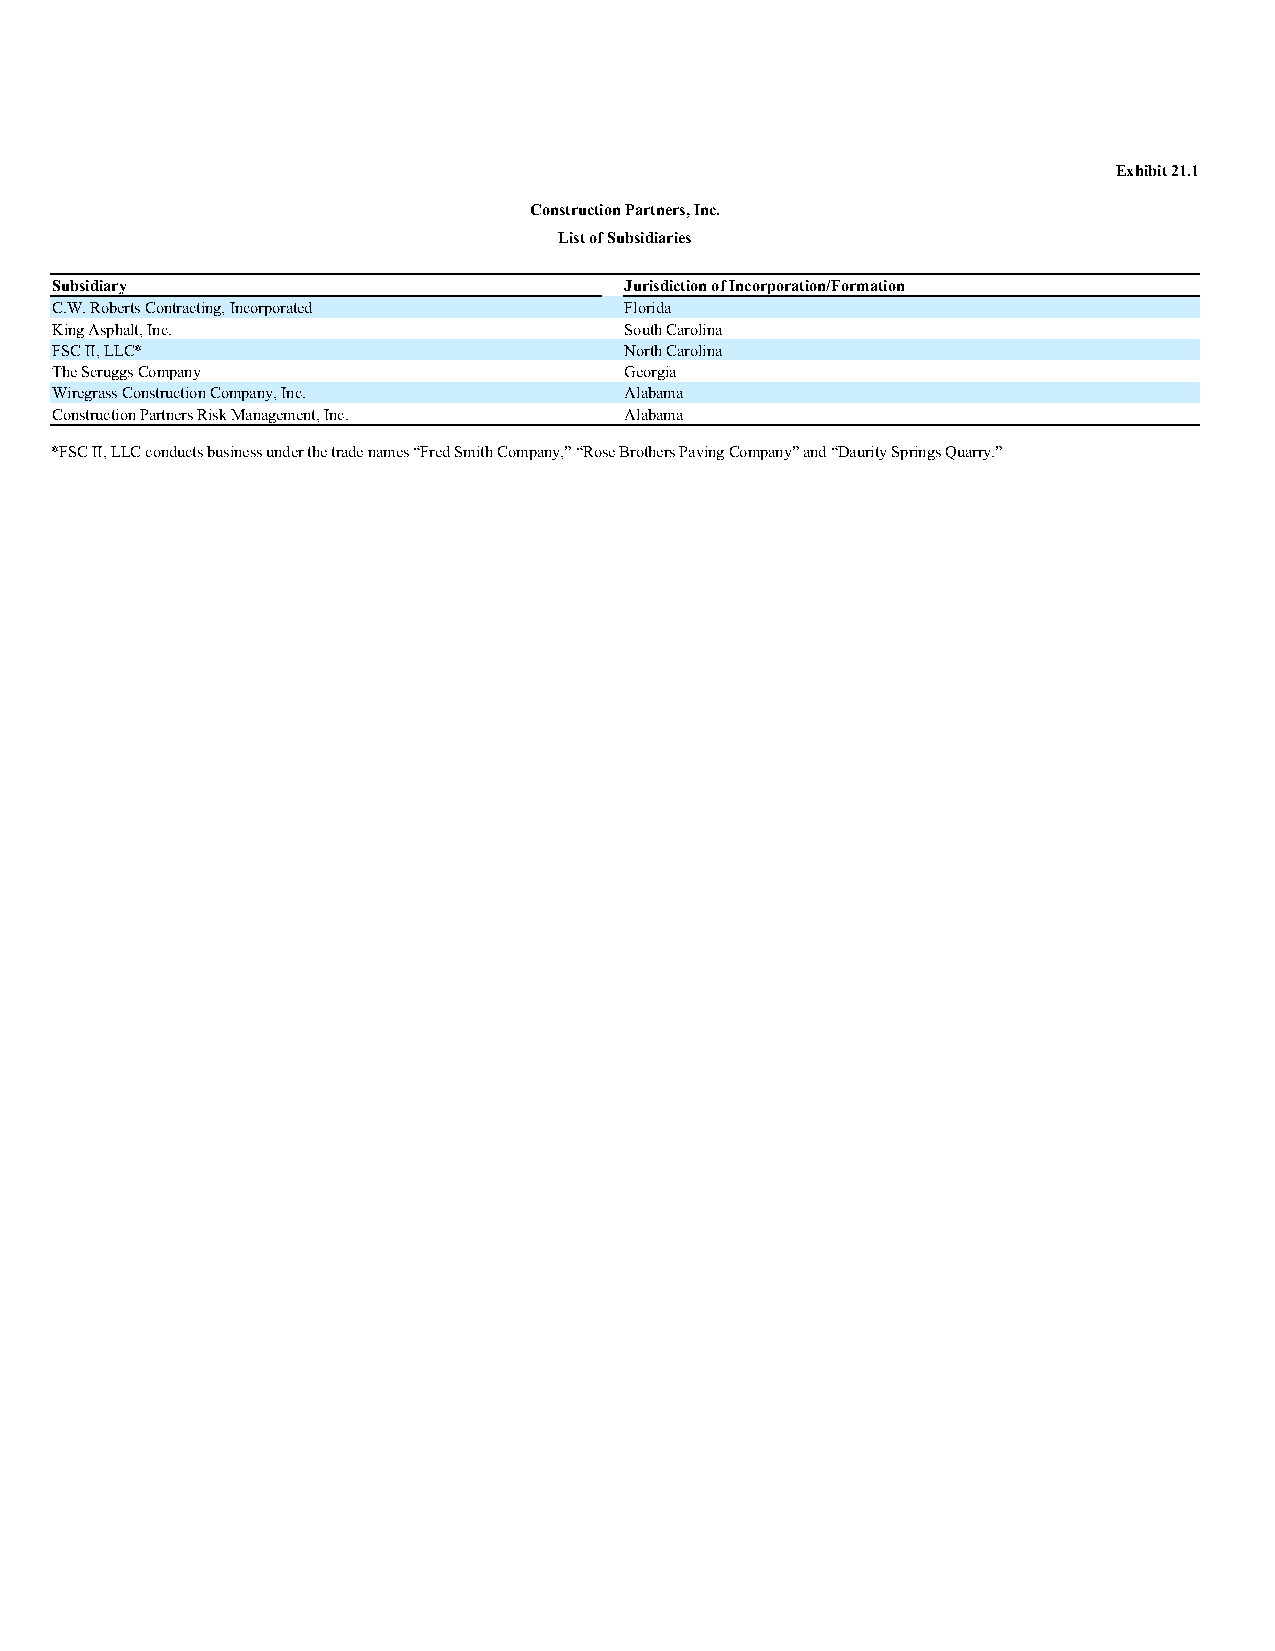
Exhibit 21.1
 Construction Partners, Inc.
 List of Subsidiaries
 Subsidiary                            Jurisdiction of Incorporation/Formation
 C.W. Roberts Contracting, Incorporated Florida
 King Asphalt, Inc.                    South Carolina
 FSC II, LLC*                          North Carolina
 The Scruggs Company                   Georgia
 Wiregrass Construction Company, Inc.  Alabama
 Construction Partners Risk Management, Inc. Alabama
 *FSC II, LLC conducts business under the trade names “Fred Smith Company,” “Rose Brothers Paving Company” and “Daurity Springs Quarry.”